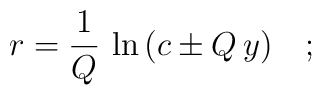
r = \frac{1}{Q} \, \ln \, (c\pm Q\, y)  \quad ; \quad